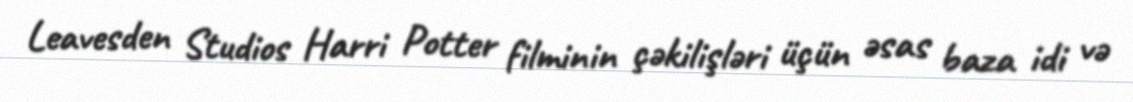
Leavesden Studios Harri Potter filminin çəkilişləri üçün əsas baza idi və